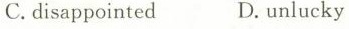
C.disappointed D. Unlucky